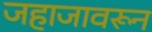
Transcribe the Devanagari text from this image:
जहाजावरून